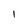
Character: l